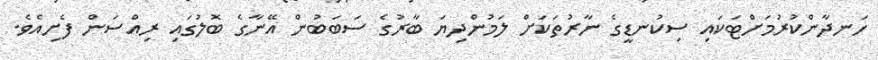
ހަނދާންކުރުމަށްޓަކައި ސިކުނޑީގެ ނާރުތަކަށް ލަމުންދިޔަ ބާރުގެ ސަބަބުން އޭނާގެ ބޮލުގައި ރިއްސަން ފެށިއެވެ.